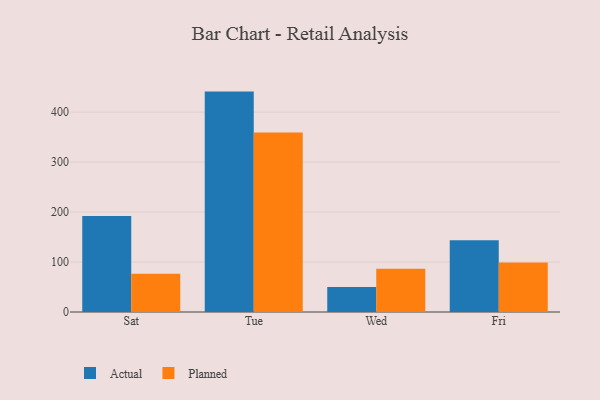
{"axis": {"x": "Day", "y": "Conversion Rate (%)"}, "legend": ["Actual", "Planned"], "data": [{"x": "Sat", "y": 191.9, "type": "Actual"}, {"x": "Sat", "y": 76.6, "type": "Planned"}, {"x": "Tue", "y": 441.1, "type": "Actual"}, {"x": "Tue", "y": 359.1, "type": "Planned"}, {"x": "Wed", "y": 50.1, "type": "Actual"}, {"x": "Wed", "y": 86.4, "type": "Planned"}, {"x": "Fri", "y": 143.4, "type": "Actual"}, {"x": "Fri", "y": 99.0, "type": "Planned"}]}